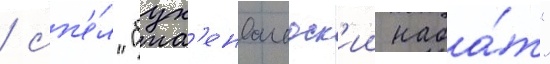
/ сп'е́л "бух'енвальдск'ии наба́т"